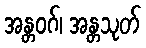
အန္တဝဂ်၊ အန္တသုတ်